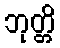
ဘုတ္တိ